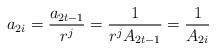
LaTeX: \begin{align*}a_{2i} = \frac{a_{2t-1}}{r^j } = \frac{1}{r^j A_{2t-1}} = \frac{1}{A_{2i}} \end{align*}